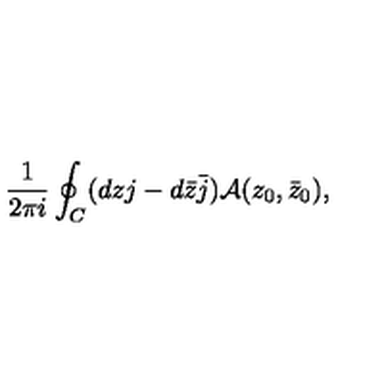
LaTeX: \frac { 1 } { 2 \pi i } \oint _ { C } ( d z j - d \bar { z } \bar { j } ) { \cal A } ( z _ { 0 } , \bar { z } _ { 0 } ) ,